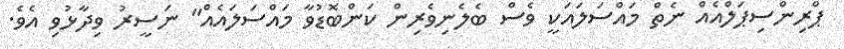
ޕްރިންސިޕަލްއެއް ނެތް މައްސަލައަކީ ވެސް ބެލެނިވެރިން ކަންބޮޑުވާ މައްސަލައެއް" ނަސީރު ވިދާޅުވި އެވެ.